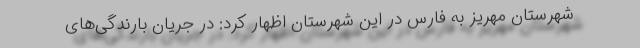
شهرستان مهریز به فارس در این شهرستان اظهار کرد: در جریان بارندگی‌های